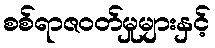
စစ်ရာဇဝတ်မှုများနှင့်